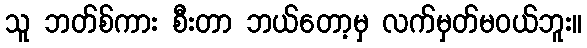
သူ ဘတ်စ်ကား စီးတာ ဘယ်တော့မှ လက်မှတ်မဝယ်ဘူး။